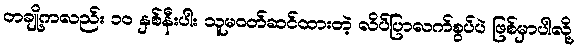
တချို့ကလည်း ၁၀ နှစ်နီးပါး သူမဝတ်ဆင်ထားတဲ့ လိပ်ပြာလက်စွပ်ပဲ ဖြစ်မှာပါလို့